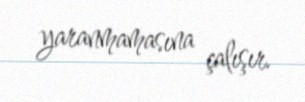
yaranmamasına çalışır.